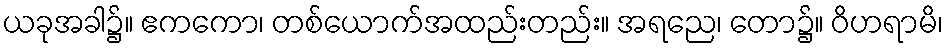
ယခုအခါ၌။ ဧကကော၊ တစ်ယောက်အထည်းတည်း။ အရညေ၊ တော၌။ ဝိဟရာမိ၊